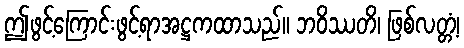
ဤဖွင့်ကြောင်းဖွင့်ရာအဋ္ဌကထာသည်။ ဘဝိဿတိ၊ ဖြစ်လတ္တံ့၊